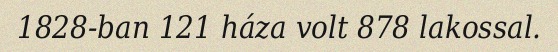
1828-ban 121 háza volt 878 lakossal.